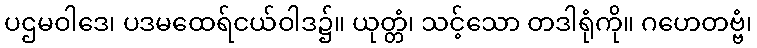
ပဌမဝါဒေ၊ ပဒမထေရ်ငယ်ဝါဒ၌။ ယုတ္တံ၊ သင့်သော တဒါရုံကို။ ဂဟေတဗ္ဗံ၊